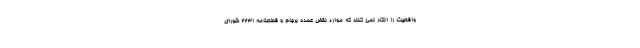
واقعیت را انکار نمی کنند که موارد نقض عمده برجام و قطعنامه ۲۲۳۱ شورای